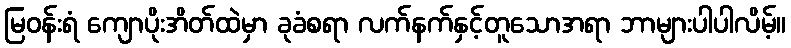
မြဝန်းရံ ကျောပိုးအိတ်ထဲမှာ ခုခံစရာ လက်နက်နှင့်တူသောအရာ ဘာများပါပါလိမ့်။